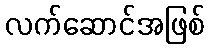
လက်ဆောင်အဖြစ်